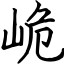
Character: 峗